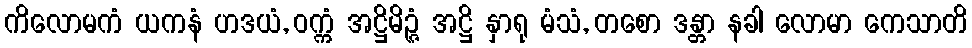
ကိလောမကံ ယကနံ ဟဒယံ, ဝက္ကံ အဋ္ဌိမိဉ္ဇံ အဋ္ဌိ နှာရု မံသံ, တစော ဒန္တာ နခါ လောမာ ကေသာတိ